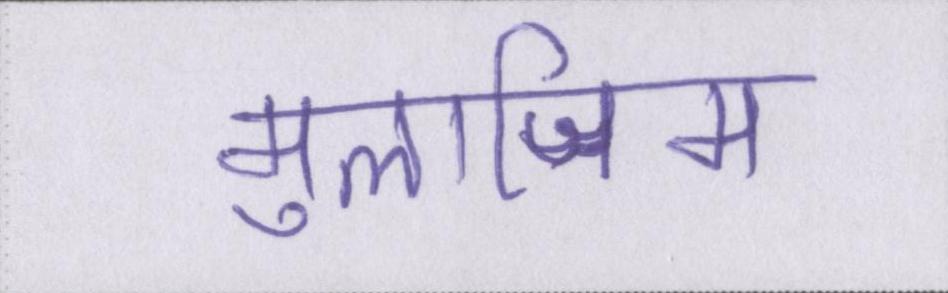
मुलाजिम